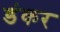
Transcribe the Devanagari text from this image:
डंकर